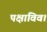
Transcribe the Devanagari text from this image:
पक्षाविव।